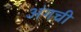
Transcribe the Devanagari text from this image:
अंगची